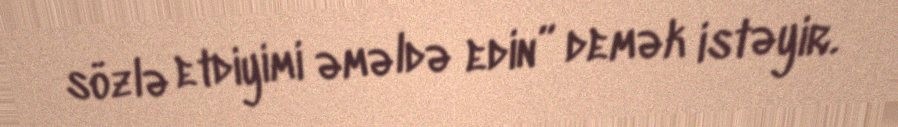
sözlə etdiyimi əməldə edin” demək istəyir.